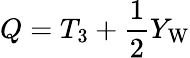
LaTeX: Q=T_{3}+{\frac{1}{2}}Y_{\mathrm{W}}